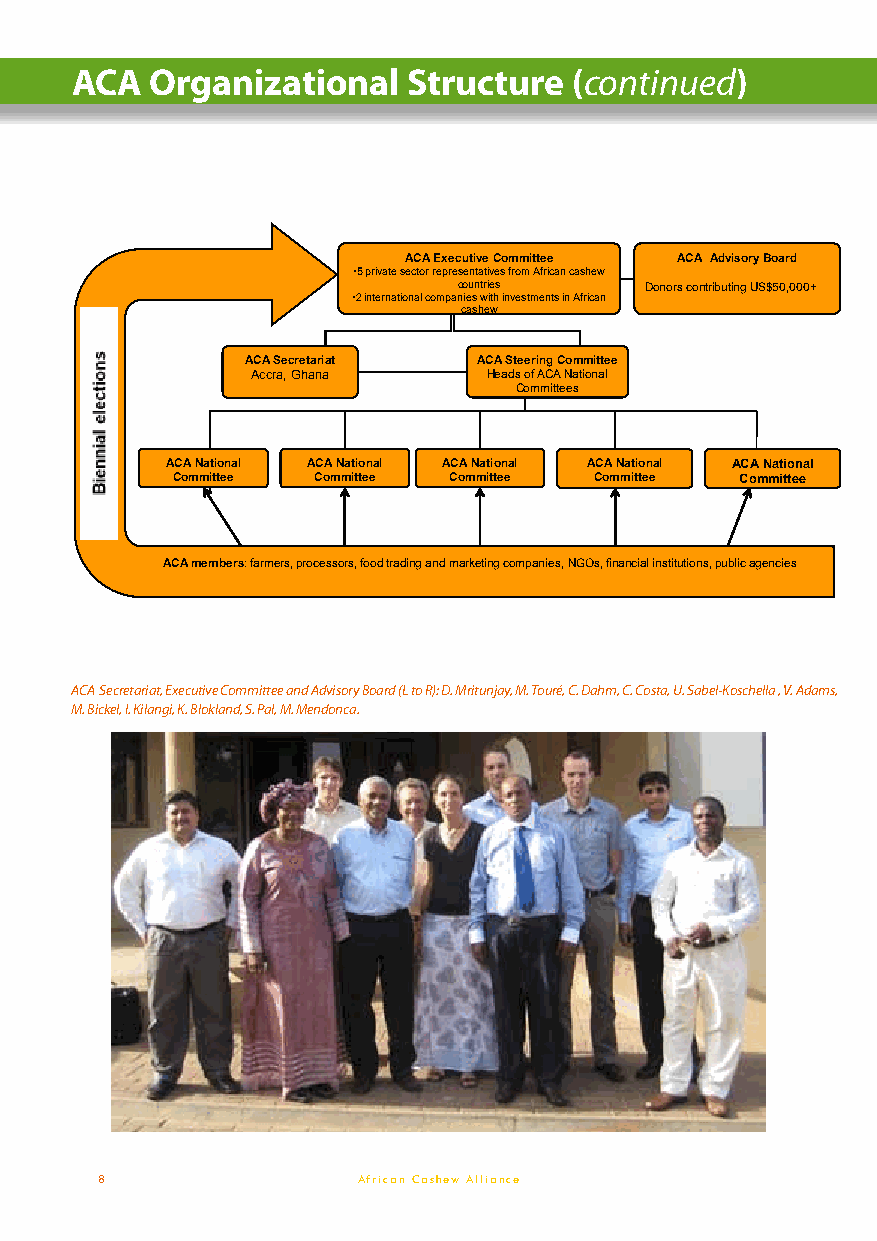
ACA  Organizational   Structure  (continued)
 AACCAA EExxeeccuuttiivvee CCoommmmiitttteeee AACCAA AAddvviissoorryy BBooaarrdd
 ••55 pprriivvaattee sseeccttoorr rreepprreesseennttaattiivveess ffrroomm AAffrriiccaann ccaasshheeww
 ccoouunnttrriieess DDoonnoorrss ccoonnttrriibbuuttiinngg UUSS$$5500,,000000++
 ••22 iinntteerrnnaattiioonnaall ccoommppaanniieess wwiitthh iinnvveessttmmeennttss iinn AAffrriiccaann
 ccaasshheeww
 AACCAA SSeeccrreettaarriiaatt AACCAA SStteeeerriinngg CCoommmmiitttteeee
 AAccccrraa,, GGhhaannaa HHeeaaddss ooff AACCAA NNaattiioonnaall
 CCoommmmiitttteeeess
 AACCAA NNaattiioonnaall AACCAA NNaattiioonnaall AACCAA NNaattiioonnaall AACCAA NNaattiioonnaall AACCAA NNaattiioonnaall
 CCoommmmiitttteeee CCoommmmiitttteeee CCoommmmiitttteeee CCoommmmiitttteeee CCoommmmiitttteeee
 ACA members: farmers, processors, food trading and marketing companies, NGOs, financial institutions, public agencies
 ACA Secretariat, Executive Committee and Advisory Board (L to R): D. Mritunjay, M. Touré, C. Dahm, C. Costa, U. Sabel-Koschella , V. Adams,
 M. Bickel, I. Kilangi, K. Blokland, S. Pal, M. Mendonca.
 8                 African Cashew Alliance